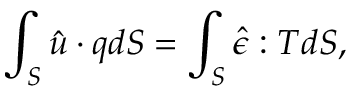
\int _ { S } { \boldsymbol { \hat { u } } } \cdot { \boldsymbol { q } } d S = \int _ { S } { \boldsymbol { \hat { \epsilon } } } : { \boldsymbol { T } } d S ,